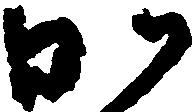
か